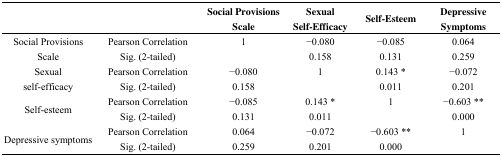
<table><thead><tr><td colspan="2"></td><td><b>Social Provisions Scale</b></td><td><b>Sexual Self-Efficacy</b></td><td><b>Self-Esteem</b></td><td><b>Depressive Symptoms</b></td></tr></thead><tbody><tr><td rowspan="2">Social Provisions Scale</td><td>Pearson Correlation</td><td>1</td><td>−0.080</td><td>−0.085</td><td>0.064</td></tr><tr><td>Sig. (2-tailed)</td><td></td><td>0.158</td><td>0.131</td><td>0.259</td></tr><tr><td rowspan="2">Sexual self-efficacy</td><td>Pearson Correlation</td><td>−0.080</td><td>1</td><td>0.143 *</td><td>−0.072</td></tr><tr><td>Sig. (2-tailed)</td><td>0.158</td><td></td><td>0.011</td><td>0.201</td></tr><tr><td rowspan="2">Self-esteem</td><td>Pearson Correlation</td><td>−0.085</td><td>0.143 *</td><td>1</td><td>−0.603 **</td></tr><tr><td>Sig. (2-tailed)</td><td>0.131</td><td>0.011</td><td></td><td>0.000</td></tr><tr><td rowspan="2">Depressive symptoms</td><td>Pearson Correlation</td><td>0.064</td><td>−0.072</td><td>−0.603 **</td><td>1</td></tr><tr><td>Sig. (2-tailed)</td><td>0.259</td><td>0.201</td><td>0.000</td><td></td></tr></tbody></table>